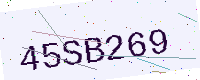
Text: 45SB269